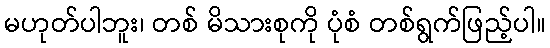
မဟုတ်ပါဘူး၊ တစ် မိသားစုကို ပုံစံ တစ်ရွက်ဖြည့်ပါ။